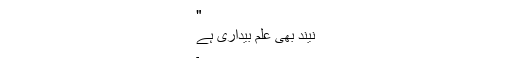
"
نیند بھی علم بیداری ہے
۔